Report of the Municipal Commissioner on the plague in Bombay for the year ending 31st May... - Volume 1
Disease focus: Plague
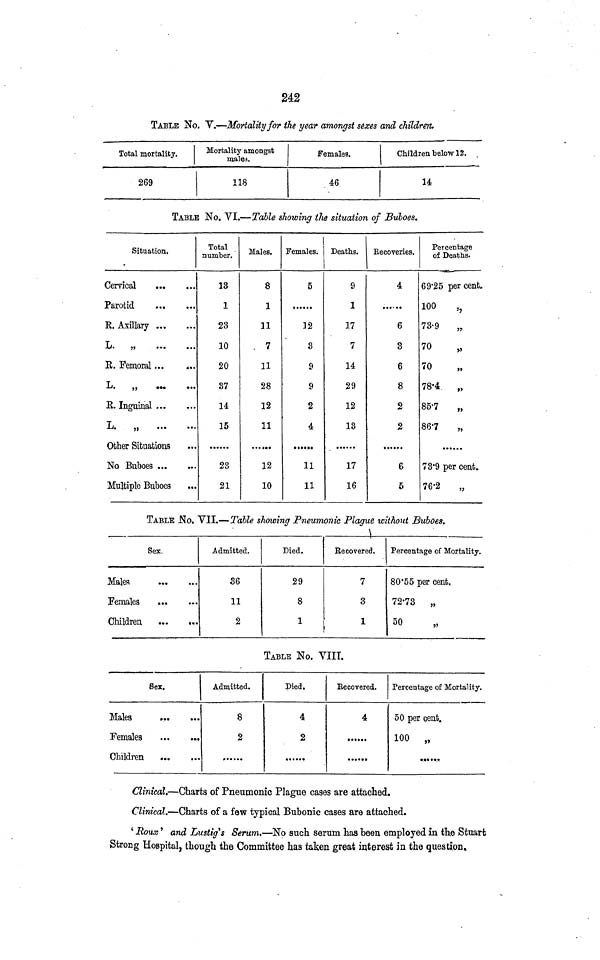
242
TABLE No. V.—Mortality for the year amongst sexes and children.
Total mortality.
269
Mortality amongst
males.
118
Females.
46
Children below 12.
14
TABLE No. VI.—Talle showing the situation of Buboes.
Situation.
Cervical
Parotid
R. Axillary
L.
„
E. Femoral
L. „
R.
Inguinal
L.
„
Other Situations
No
Buboes
Multiple Buboes
Total
number.
13
1
23
10
20
37
14
15
23
21
Males.
8
1
11
7
11
28
12
11
12
10
Females.
5
12
3
9
9
2
4
11
11
Deaths.
9
1
17
7
14
29
12
13
17
16
Recoveries.
4
6
3
6
8
2
2
6
5
Percentage
of Deaths.
69·25 per cent.
100
„
73·9
„
70
70
78·4
85·7
„
86·7
„
73·9 per cent.
76·2
„
TABLE No. VII.—Table showing Pneumonic Plague without Buboes.
Sex.
Males
Females
Children
Admitted.
36
11
2
Died.
29
8
1
Recovered.
7
3
1
Percentage of Mortality.
80·55 per cent.
72·73 „
50 „
TABLE No. VIII.
Sex.
Males
Females
Admitted.
8
2
Pied.
4
2
Recovered.
4
Percentage of Mortality.
50 per cent.
100
„
Clinical.—Charts of Pneumonic Plague cases are attached.
Clinical.—Charts of a few typical Bubonic cases are attached.
' Roux ' and Lustig's Serum.—No such serum has been employed in the Stuart
Strong Hospital, though the Committee has taken great interest in the question.